Leaving Certificate Examination, 1902
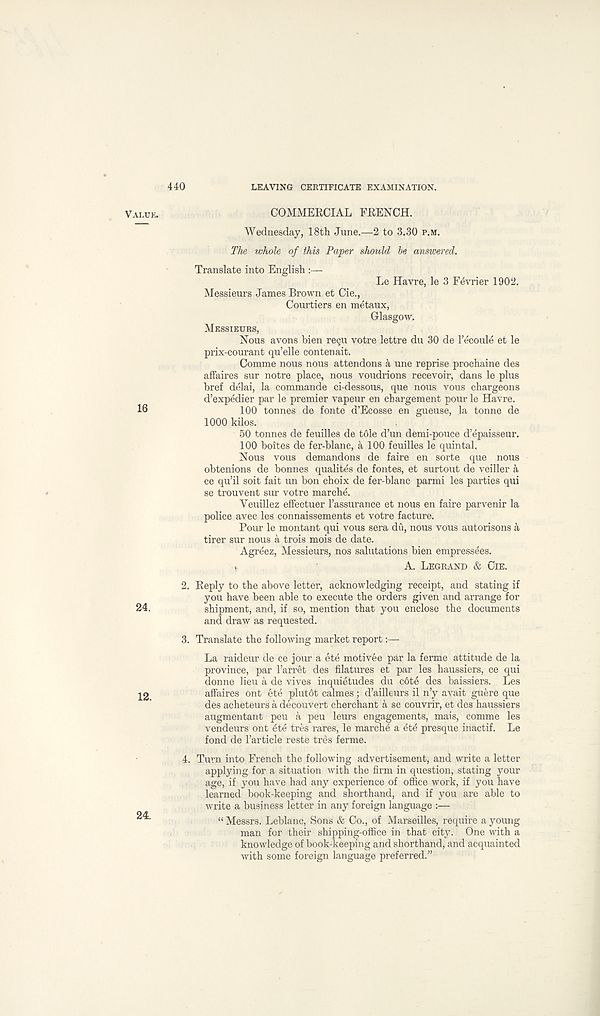
440
LEAVING CERTIFICATE EXAMINATION.
16
24.
12.
24.
COMMERCIAL FRENCH.
Wednesday, 18th June.—2 to 3.30 P.M.
The whole of this Paper should he answered.
Translate into English :—
Le Havre, le 3 Fevrier 1902.
Messieurs James Brown et Cie.,
Courtiers en metaux,
Glasgow.
MESSIEURS,
Nous avons bien re§u votre lettre du 30 de I’ecoule et le
prix-courant qu’elle contenait.
Comme nous nous attendons a une reprise prochaine des
affaires sur notre place, nous voudrions recevoir, dans le plus
bref delai, la commande ci-dessous, que nous vous chargeons
d’expedier par le premier vapeur en chargement pour le Havre.
100 tonnes de fonte d’Ecosse en gueuse, la tonne de
1000 kilos.
50 tonnes de feuilles de tole d’un demi-pouce d’epaisseur.
100 boites de fer-blanc, a 100 feuilles le quintal.
Nous vous demandons de faire en sorte que nous
obtenions de bonnes qualites de fontes, et surtout de veiller a
ce qu’il soit fait un bon choix de fer-blanc parmi les parties qui
se trouvent sur votre marche.
Veuillez effectuer I’assurance et nous en faire parvenir la
police avec les connaissements et votre facture.
Pour le montant qui vous sera du, nous vous autorisons a
tirer sur nous a trois mois de date.
Agreez, Messieurs, nos salutations bien empressees.
*
A. LEGRAND & CIE.
2. Reply to the above letter, acknowledging receipt, and stating if
you have been able to execute the orders given and arrange for
shipment, and, if so, mention that you enclose the documents
and draw as requested.
3. Translate the following market report:—
La raideur de ce jour a ete motivee par la ferme attitude de la
province, par 1’arret des filatures et par les haussiers, ce qui
donne lieu a de vives inquietudes du c6te des baissiers. Les
affaires ont ete plutdt calmes; d’ailleurs il n’y avait guere que
des acheteurs a decouvert cherchant a se couvrir, et des haussiers
augmentant peu a peu leurs engagements, mais, comme les
vendeurs ont 6te tres rares, le marche a ete presque inactif. Le
fond de I’article reste tres ferme.
4. Turn into French the following advertisement, and write a letter
applying for a situation with the firm in question, stating your
age, if you have had any experience of office work, if you have
learned book-keeping and shorthand, and if you are able to
write a business letter in any foreign language :—
“ Messrs. Leblanc, Sons & Co., of Marseilles, require a young
man for their shipping-office in that city. One with a
knowledge of book-keeping and shorthand, and acquainted
with some foreign language preferred.”